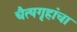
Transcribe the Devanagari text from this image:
चैत्यगृहांचा